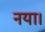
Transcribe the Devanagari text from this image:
नया।